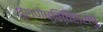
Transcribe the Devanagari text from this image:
पुराणेष्वितिहासेषु